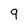
Character: 9